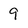
Character: 9